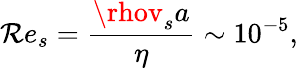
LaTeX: \mathcal{R}e_{s}=\frac{{\rhov_{s}a}}{{\eta}}\sim10^{-5},